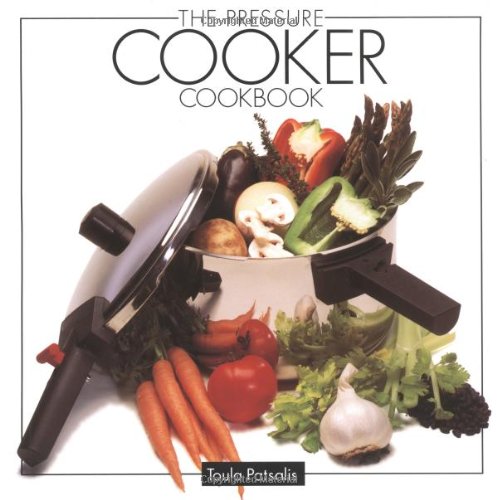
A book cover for The Pressure Cooker Cookbook; Toula Patsalis; Cookbooks, Food & Wine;